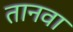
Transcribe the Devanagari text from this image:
तानवा